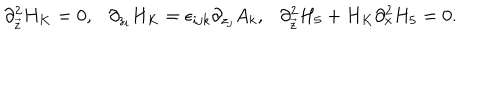
LaTeX: \partial _ { \vec { z } } ^ { 2 } H _ { K } = 0 , \ \ \ \partial _ { z _ { i } } H _ { K } = \epsilon _ { i j k } \partial _ { z _ { j } } A _ { k } , \ \ \ \partial _ { \vec { z } } ^ { 2 } H _ { 5 } + H _ { K } \partial _ { x } ^ { 2 } H _ { 5 } = 0 .